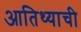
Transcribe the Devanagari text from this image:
आतिथ्याची